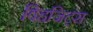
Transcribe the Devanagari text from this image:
विहजिट्स